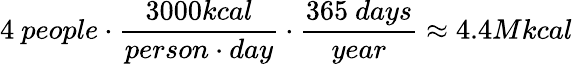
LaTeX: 4~people\cdot\frac{3000kcal}{person\cdot day}\cdot\frac{365~days}{year}\approx 4.4Mkcal